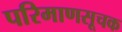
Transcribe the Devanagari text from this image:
परिमाणसूचक